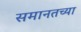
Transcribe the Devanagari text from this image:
समानतच्या